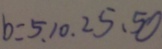
b : 5 . 1 0 . 2 5 . 5 0